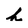
Character: h